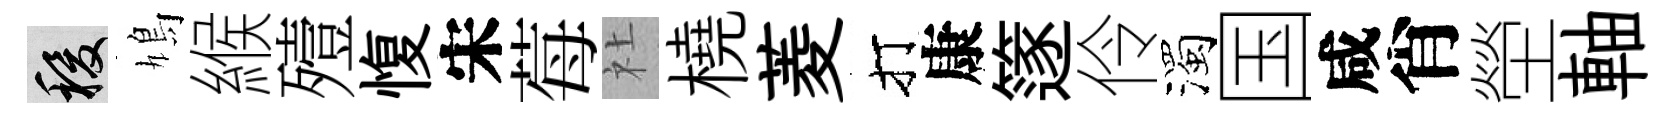
稷鳩緱殪愎宋莓社橈菱打康篴伶濁国咸肖塋軸